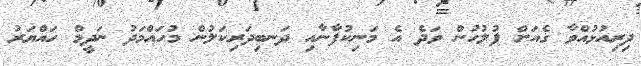
ދިރިއުޅުއްވާ ގެއަށް ފުލުހުން ވަދެ އެ މަނިކުފާނާއި ދަނބިދަރިކަލުން މުހައްމަދު ނަދީމް ހައްޔަރު